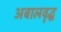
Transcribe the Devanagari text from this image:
अबालवृद्ध